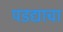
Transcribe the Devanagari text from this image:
पडद्याचा